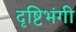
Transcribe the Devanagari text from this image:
दृष्टिभंगी